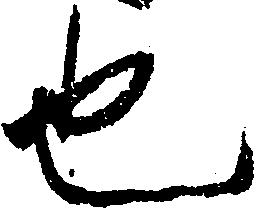
也